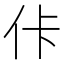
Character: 佧